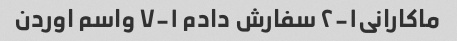
ماکارانی۱-۲ سفارش دادم ۱-۷ واسم اوردن